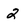
Character: 2